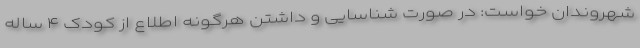
شهروندان خواست: در صورت شناسایی و داشتن هرگونه اطلاع از کودک ۴ ساله